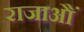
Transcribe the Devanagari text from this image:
राजाऔं